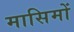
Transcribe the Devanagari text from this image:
मासिमों